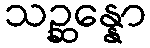
သဉ္ဆန္နော